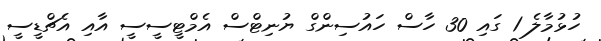
ހުޅުމާލެ 1 ގައި 30 ހާސް ހައުސިންގް ޔުނިޓްސް އެމްޓީސީސީ އާއި އެޗްޑީސީ